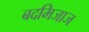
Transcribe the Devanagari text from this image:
बदमिजाज